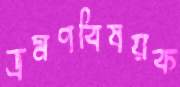
ভ্রমণবিষয়ক